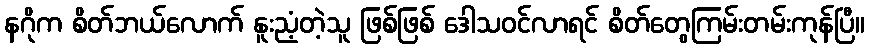
နဂိုက စိတ်ဘယ်လောက် နူးညံ့တဲ့သူ ဖြစ်ဖြစ် ဒေါသဝင်လာရင် စိတ်တွေကြမ်းတမ်းကုန်ပြီ။